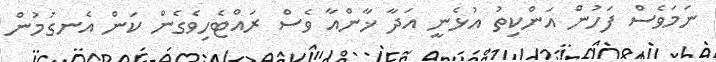
ނަމަވެސް ފަހުން އަންކިތު އުޅެނީ އަދާ ޚާންއާ ވެސް ރައްޓެހިވެގެން ކަން އެނގުމުން